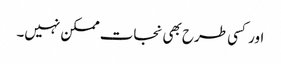
اور کسی طرح بھی نجات ممکن نہیں۔